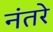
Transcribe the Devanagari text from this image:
नंतरे